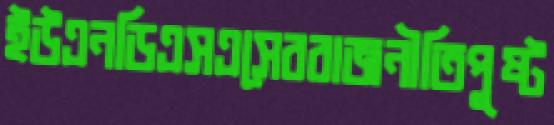
ইউএনডিএসএসেররাজনীতিপুষ্ট